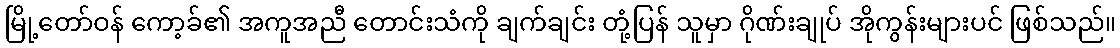
မြို့တော်ဝန် ကော့ခ်၏ အကူအညီ တောင်းသံကို ချက်ချင်း တုံ့ပြန် သူမှာ ဂိုဏ်းချုပ် အိုကွန်းများပင် ဖြစ်သည်။